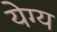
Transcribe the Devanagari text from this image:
येग्य